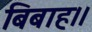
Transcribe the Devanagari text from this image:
बिबाह।।